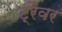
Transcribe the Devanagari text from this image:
ट्रैवर